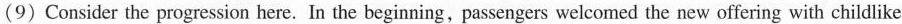
(9) Consider the progression here. In the beginning, passengers welcomed the new offering with childlike